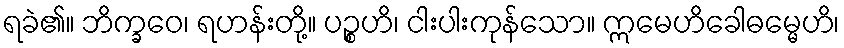
ရခဲ၏။ ဘိက္ခဝေ၊ ရဟန်းတို့။ ပဉ္စဟိ၊ ငါးပါးကုန်သော။ ဣမေဟိခေါဓမ္မေဟိ၊